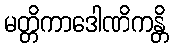
မတ္တိကာဒေါဏိကန္တိ